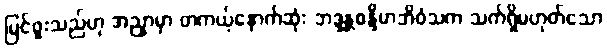
မြင်ဖူးသည်ဟု အညှာမှာ တကယ့်နောက်ဆုံး ဘဒ္ဒန္တစန္ဒိမာဘိဝံသက သက်ရှိမဟုတ်သော